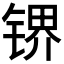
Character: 𰾛